Vaccination in Burma 1900-1911 - 1900-1911
Year: 1900
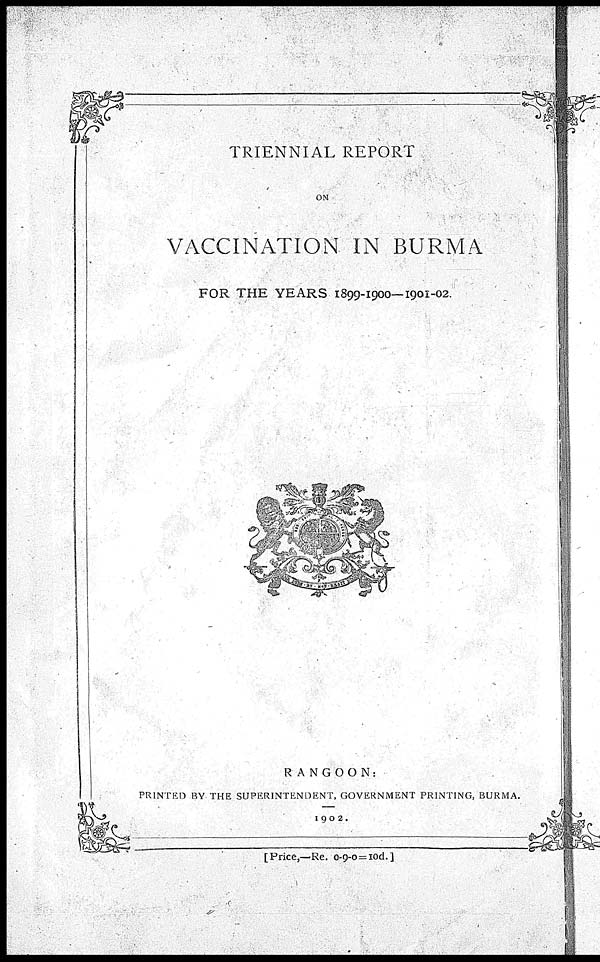
TRIENNIAL REPORT
ON
VACCINATION IN BURMA
FOR THE YEARS 1899-1900—1901-02.
RANGOON:
PRINTED BY THE SUPERINTENDENT, GOVERNMENT PRINTING,BURMA.
1902.
[Price,—Re. 0-9-0=10d.]